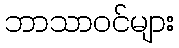
ဘာသာဝင်များ